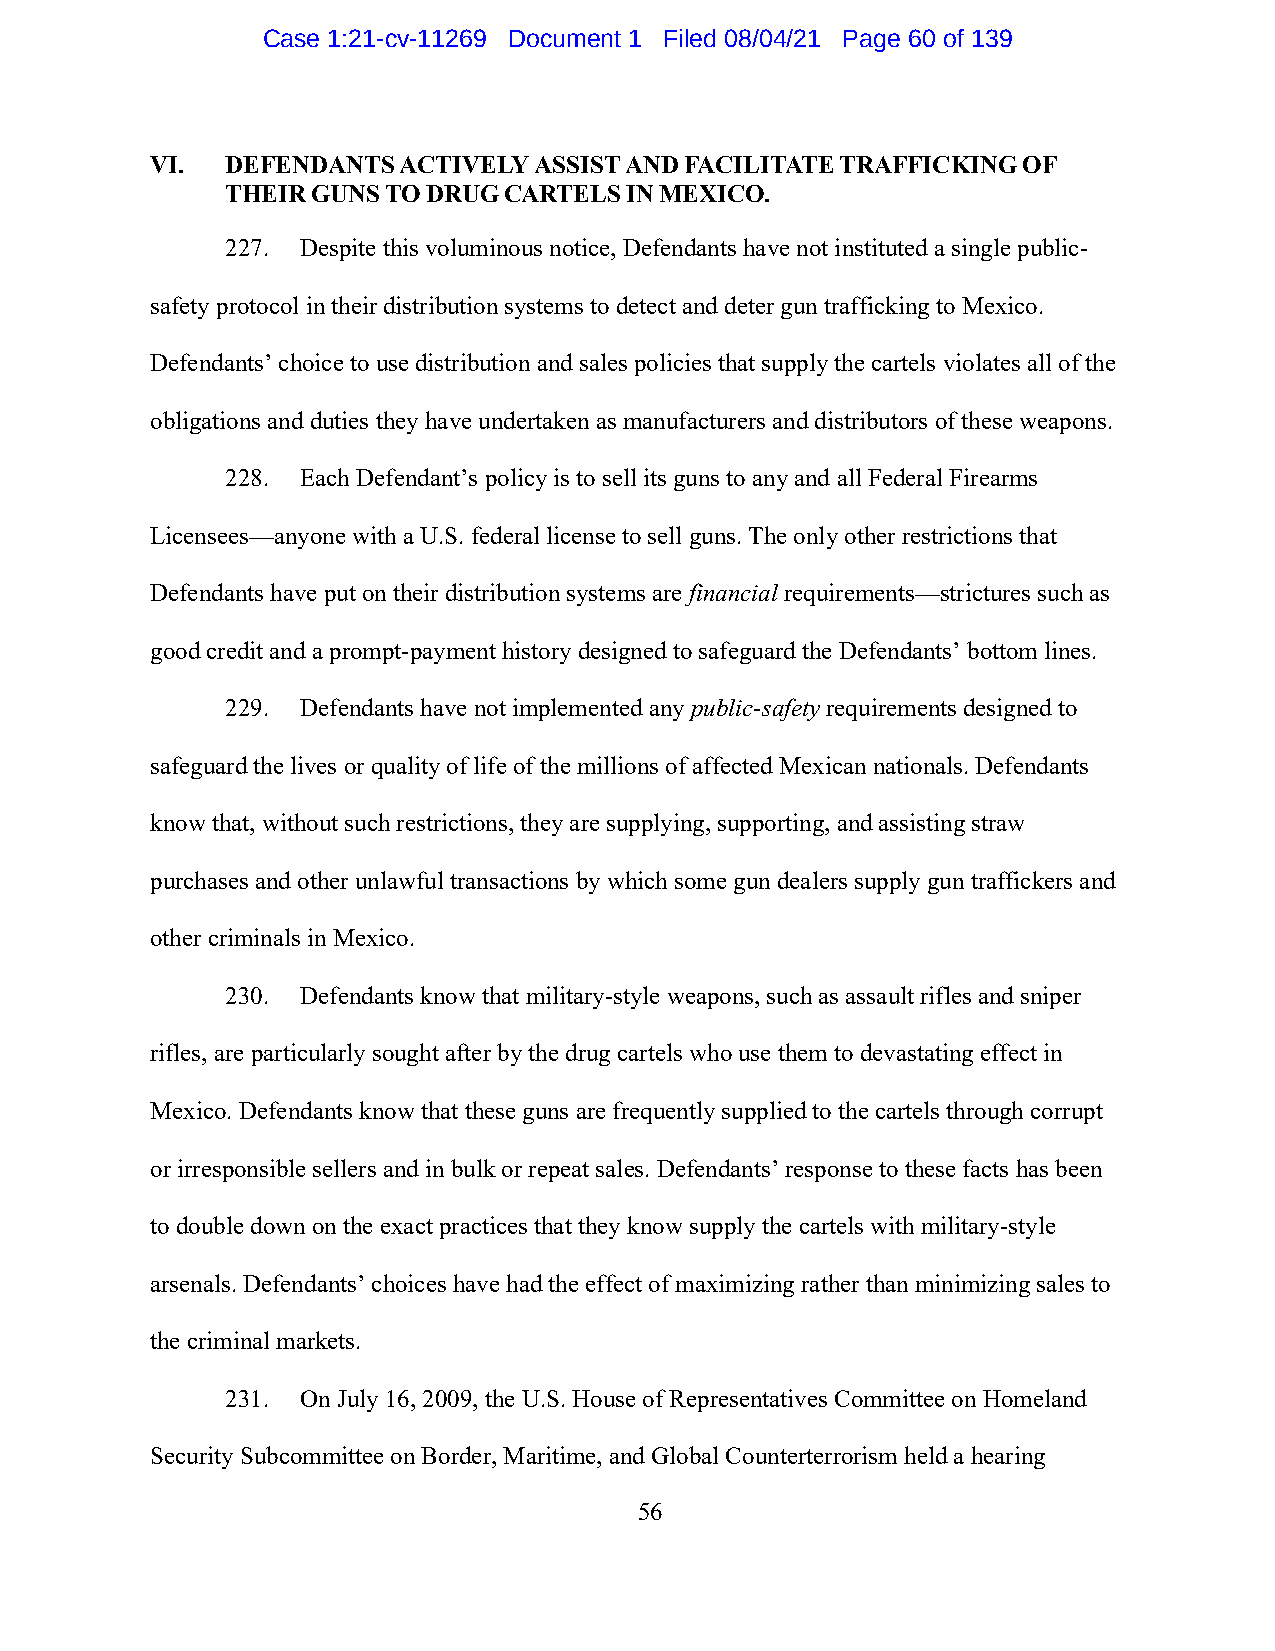
Case 1:21-cv-11269 Document 1 Filed 08/04/21 Page 60 of 139
 VI.  DEFENDANTS ACTIVELY ASSIST AND FACILITATE TRAFFICKING OF
 THEIR GUNS TO DRUG CARTELS IN MEXICO.
 227. Despite this voluminous notice, Defendants have not instituted a single public-
 safety protocol in their distribution systems to detect and deter gun trafficking to Mexico.
 Defendants’ choice to use distribution and sales policies that supply the cartels violates all of the
 obligations and duties they have undertaken as manufacturers and distributors of these weapons.
 228. Each Defendant’s policy is to sell its guns to any and all Federal Firearms
 Licensees—anyone with a U.S. federal license to sell guns. The only other restrictions that
 Defendants have put on their distribution systems are financial requirements—strictures such as
 good credit and a prompt-payment history designed to safeguard the Defendants’ bottom lines.
 229. Defendants have not implemented any public-safety requirements designed to
 safeguard the lives or quality of life of the millions of affected Mexican nationals. Defendants
 know that, without such restrictions, they are supplying, supporting, and assisting straw
 purchases and other unlawful transactions by which some gun dealers supply gun traffickers and
 other criminals in Mexico.
 230. Defendants know that military-style weapons, such as assault rifles and sniper
 rifles, are particularly sought after by the drug cartels who use them to devastating effect in
 Mexico. Defendants know that these guns are frequently supplied to the cartels through corrupt
 or irresponsible sellers and in bulk or repeat sales. Defendants’ response to these facts has been
 to double down on the exact practices that they know supply the cartels with military-style
 arsenals. Defendants’ choices have had the effect of maximizing rather than minimizing sales to
 the criminal markets.
 231. On July 16, 2009, the U.S. House of Representatives Committee on Homeland
 Security Subcommittee on Border, Maritime, and Global Counterterrorism held a hearing
 56